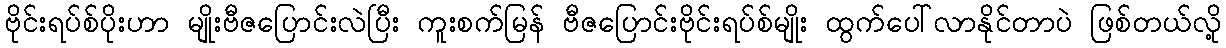
ဗိုင်းရပ်စ်ပိုးဟာ မျိုးဗီဇပြောင်းလဲပြီး ကူးစက်မြန် ဗီဇပြောင်းဗိုင်းရပ်စ်မျိုး ထွက်ပေါ်လာနိုင်တာပဲ ဖြစ်တယ်လို့